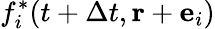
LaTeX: f_{i}^{*}(t+\Delta t,\mathbf{r}+{\mathbf e}_{i})